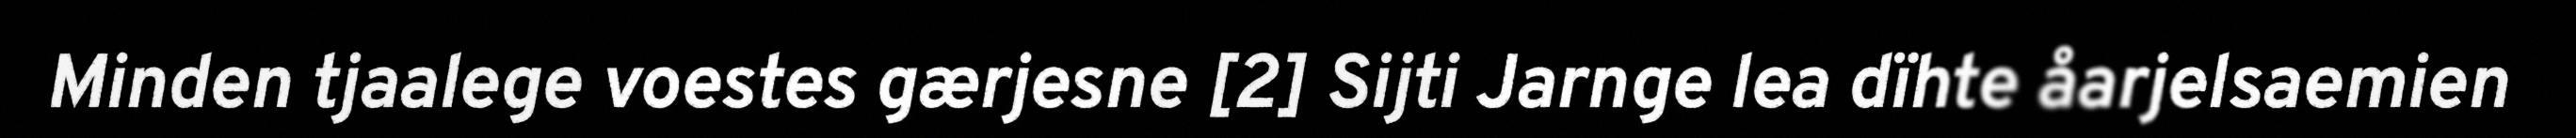
Minden tjaalege voestes gærjesne [2] Sijti Jarnge lea dïhte åarjelsaemien